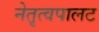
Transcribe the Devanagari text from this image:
नेतृत्वपालट